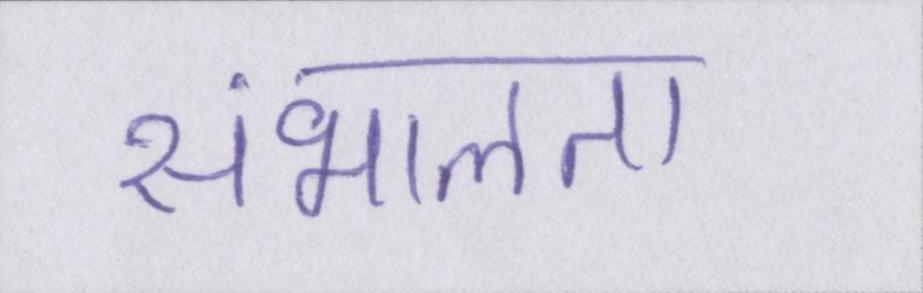
संभालता